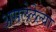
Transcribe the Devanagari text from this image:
असलेलेल्या